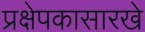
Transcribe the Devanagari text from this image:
प्रक्षेपकासारखे